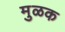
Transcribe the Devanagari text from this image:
मुळक